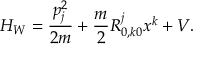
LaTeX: H _ { W } = \frac { p _ { j } ^ { 2 } } { 2 m } + \frac { m } { 2 } R _ { 0 , k 0 } ^ { j } x ^ { k } + V .